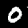
Label: 0